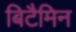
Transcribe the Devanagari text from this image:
बिटैमिन